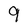
Character: 9